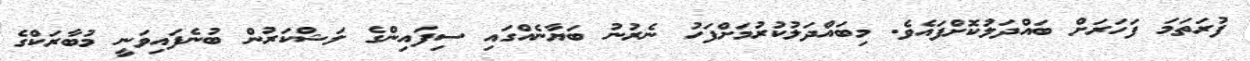
ފުރަތަމަ ފަހަރަށް ބައްދަލުކޮށްފައެވެ. މިބައްދަލުކުރުމަށްފަހު ނެރުނު ބަޔާނެއްގައި ސިފައިންގެ ލަޝްކަރުން ބުނެފައިވަނީ މުބާރަކްގެ